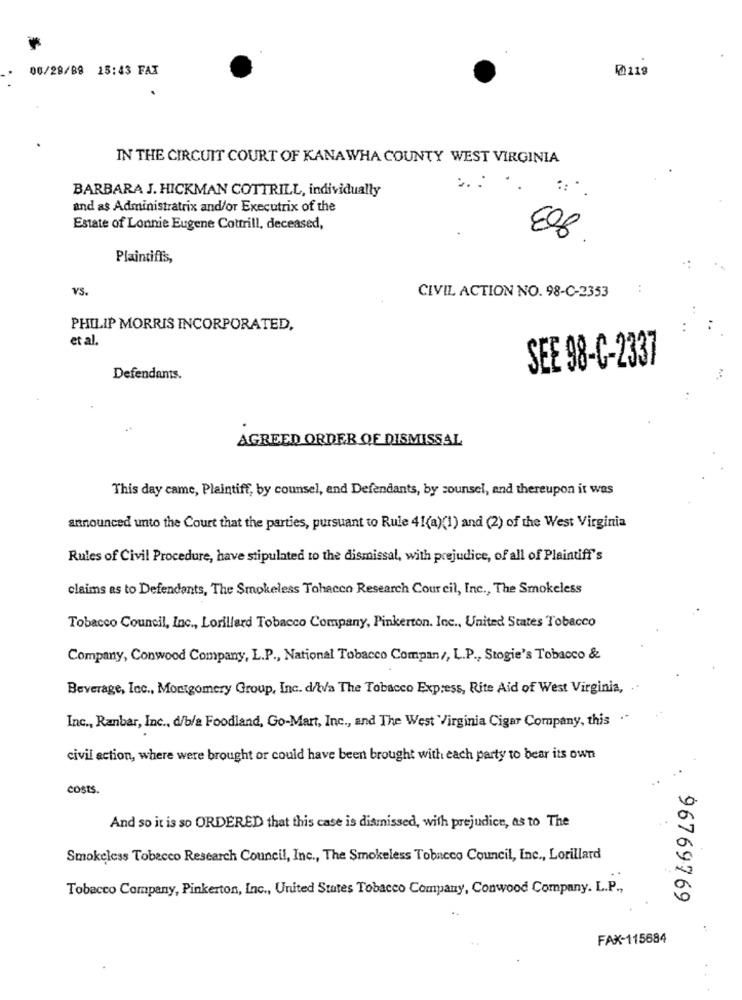
00/28/88 15:43 FAX
Ø119
IN THE CIRCUIT COURT OF KANAWHA COUNTY WEST VIRGINIA
BARBARA J. HICKMAN COTTRILL, individually
and as Administratrix and/or Executrix of the
Estate of Lonnie Eugene Cottrill, deceased,
E88
Plaintiffs,
YS.
CIVIL ACTION NO. 98-C-2353
PHILIP MORRIS INCORPORATED,
et al.
SEE 98-C-2337
Defendants.
AGREED ORDER OF DISMISSAL
This day came, Plaintiff, by counsel, and Defendants, by counsel, and thereupon it was
announced unto the Court that the parties, pursuant to Rule 41(a)(1) and (2) of the West Virginia
Rules of Civil Procedure, have stipulated to the dismissal, with prejudice, of all of Plaintiff's
claims as to Defendants, The Smokeless Tohacco Research Cour cil, Inc ., The Smokeless
Tobacco Council, Inc ., Lorillard Tobacco Company, Pinkerton. Inc ., United States Tobacco
Company, Conwood Company, L.P ., National Tobacco Compan/, L.P ., Stogie's Tobacco &
Beverage, Inc ., Montgomery Group, Inc. d/bla The Tobacco Express, Rite Aid of West Virginia, ..
Inc ., Ranbar, Inc ., d/b/a Foodland, Go-Mart, Inc ., and The West 'Virginia Cigar Company, this .
civil action, where were brought or could have been brought with each party to bear its own
COSTS.
And so it is so ORDERED that this case is dismissed, with prejudice, as to The
Smokeless Tobecco Research Council, Inc ., The Smokeless Tobacco Council, Inc ., Lorillard
Tobacco Company, Pinkerton, Inc ., United States Tobacco Company, Conwood Company. L.P .,
96769769
FAX-115684